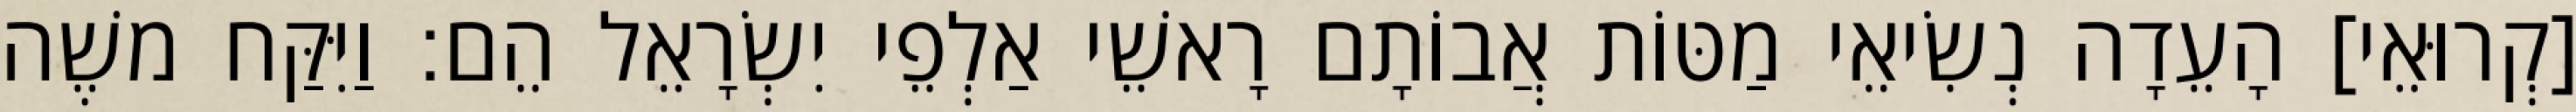
[קְרוּאֵי] הָעֵדָה נְשִׂיאֵי מַטּוֹת אֲבוֹתָם רָאשֵׁי אַלְפֵי יִשְׂרָאֵל הֵם׃ וַיִּקַּח משֶׁה